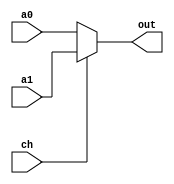
module mux_2_32(a0,a1,ch,out);
  input   [31:0]   a0,a1;
  input            ch   ;
  output  [31:0]   out  ;
  wire    [31:0]   out  ;
  
  assign  out=(ch==0) ? a0 :
                        a1 ;
endmodule 

module mux_3_32(a0,a1,a2,ch,out);
  input   [31:0]   a0,a1,a2;
  input   [1:0]    ch      ;
  output  [31:0]   out     ;
  wire    [31:0]   out     ;
  
  assign  out=(ch==2'b00) ? a0    :
              (ch==2'b01) ? a1    :
              (ch==2'b10) ? a2    :
                            32'b0 ;
endmodule 
module mux_5_32(a0,a1,a2,a3,a4,ch,out);
  input   [31:0]   a0,a1,a2,a3,a4;
  input   [2:0]    ch      ;
  output  [31:0]   out     ;
  wire    [31:0]   out     ;
  
  assign  out=(ch==3'b000) ? a0    :
              (ch==3'b001) ? a1    :
              (ch==3'b010) ? a2    :
              (ch==3'b011) ? a3    :
              (ch==3'b100) ? a4    :
                             32'b0 ;
endmodule 

module mux_3_5(a0,a1,a2,ch,out);
  input   [4:0]    a0,a1,a2;
  input   [1:0]    ch      ;
  output  [4:0]    out     ;
  wire    [4:0]    out     ;
  
  assign  out=(ch == 2'b00) ? a0  :
              (ch == 2'b01) ? a1  :
              (ch == 2'b10) ? a2  :
                              5'b0;
endmodule